Veterinary [1909] -
Year: 1909
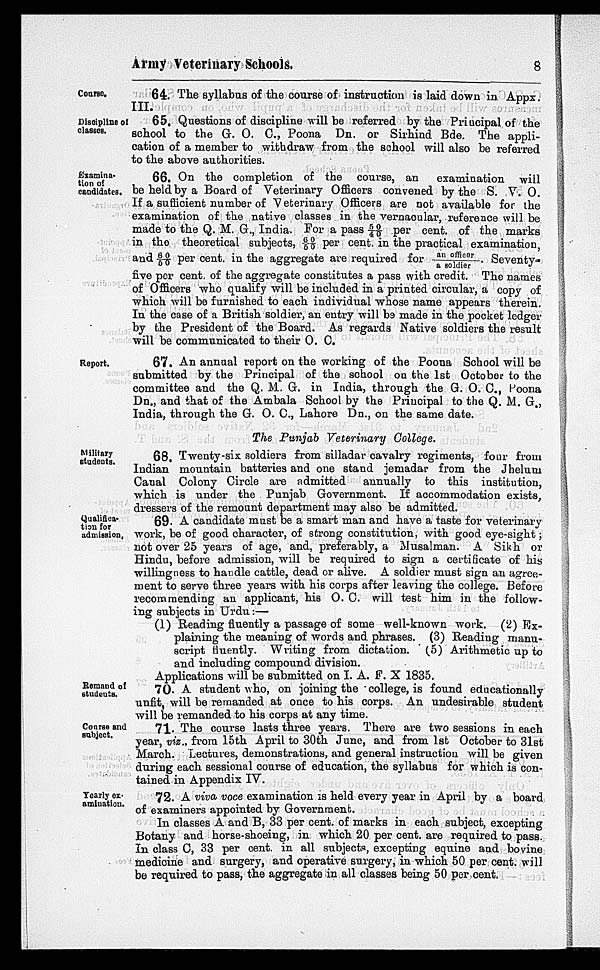
Army Veterinary Schools.
8
Course.
64. The syllabus of the course of instruction is laid down in Appx.
III.
Discipline of
classes.
65. Questions of discipline will be referred by the Principal of the
school to the G. O. C., Poona Dn. or Sirhind Bde. The appli-
cation of a member to withdraw from the school will also be referred
to the above authorities.
Examina-
tion of
candidates.
66. On the completion of the course, an
examination will
be held by a Board of Veterinary Officers convened by the S. V. O.
If a sufficient number of Veterinary Officers are not available for the
examination of the native classes in the vernacular, reference will be
made to the Q. M. G., India. For a pass 50/40 per cent. of the marks
in the theoretical subjects, 60/50 per cent. in the practical examination,
and 60/50 per cent. in the aggregate are required for an officer/a soldier. Seventy-
five per cent. of the aggregate constitutes a pass with credit. The names
of Officers who qualify will be included in a printed circular, a copy of
which will be furnished to each individual whose name appears therein.
In the case of a British soldier, an entry will be made in the pocket ledger
by the President of the Board. As regards Native soldiers the result
will be communicated to their O. C.
Report.
67. An annual report on the working of the Poona School will be
submitted by the Principal of the school on the 1st October to the
committee and the Q. M. G. in India, through the G. O. C., Poona
Dn., and that of the Ambala School by the Principal to the Q. M. G.,
India, through the G. O. C., Lahore Dn., on the same date.
The Punjab Veterinary College.
Military
students.
68. Twenty-six soldiers from silladar cavalry regiments, four from
Indian mountain batteries and one stand jemadar from the Jhelum
Canal Colony Circle are admitted
annually to this institution,
which is under the Punjab Government. If accommodation exists,
dressers of the remount department may also be admitted.
Qualifica-
tion for
admission.
69. A candidate must be a smart man and have a taste for veterinary
work, be of good character, of strong constitution, with good eye-sight;
not over 25 years of age, and, preferably, a Musalman. A Sikh or
Hindu, before admission, will be required to sign a certificate of his
willingness to handle cattle, dead or alive. A soldier must sign an agree-
ment to serve three years with his corps after leaving the college. Before
recommending an applicant, his O. C. will test him in the follow-
ing subjects in Urdu:—
(1) Reading fluently a passage of some well-known work. (2) Ex-
plaining the meaning of words and phrases. (3) Reading manu-
script fluently. Writing from dictation. (5) Arithmetic up to
and including compound division.
Applications will be submitted on I. A. F. X 1835.
Remand of
students.
70. A student who, on joining the college, is found educationally
unfit, will be remanded at once to his corps. An undesirable student
will be remanded to his corps at any time.
Course and
subject.
71. The course lasts three years. There are two sessions in each
year, viz., from 15th April to 30th June, and from 1st October to 31st
March. Lectures, demonstrations, and general instruction will be given
during each sessional course of education, the syllabus for which is con-
tained in Appendix IV.
Yearly ex-
amination.
72. A viva voce examination is held every year in April by a board
of examiners appointed by Government.
In classes A and B, 33 per cent. of marks in each subject, excepting
Botany and horse-shoeing, in which 20 per cent. are required to pass.
In class C, 33 per cent. in all subjects, excepting equine and bovine
medicine and surgery, and operative surgery, in which 50 per cent. will
be required to pass, the aggregate in all classes being 50 per cent.